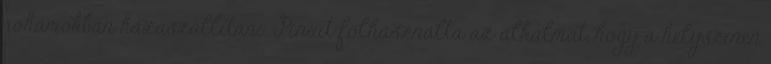
rohamokban hazaszállítani. Pinxit fölhasználta az alkalmat, hogy a helyszínen